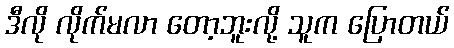
ဒီလို လိုက်မလာ တော့ဘူးလို့ သူက ပြောတယ်